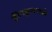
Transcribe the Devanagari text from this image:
हैरेनक्रुगपार्क